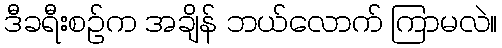
ဒီခရီးစဉ်က အချိန် ဘယ်လောက် ကြာမလဲ။